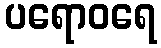
ပရောဝရေ